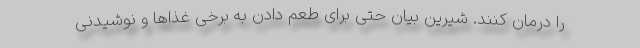
را درمان کنند. شیرین بیان حتی برای طعم دادن به برخی غذاها و نوشیدنی